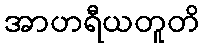
အာဟရီယတူတိ